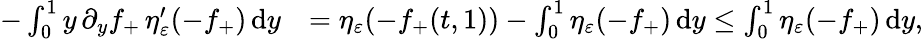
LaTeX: \begin{array}{rl}{-\int_{0}^{1}y\, \partial_{y}f_{+}\, \eta_{\varepsilon}^{\prime}(-f_{+})\, \textup{d}y}&{=\eta_{\varepsilon}(-f_{+}(t,1))-\int_{0}^{1}\eta_{\varepsilon}(-f_{+})\, \textup{d}y\le\int_{0}^{1}\eta_{\varepsilon}(-f_{+})\, \textup{d}y,}\end{array}